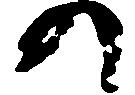
の